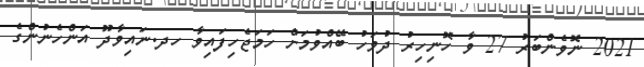
2021 ނޮވެންބަރު 27 ވާ ހޮނިހިރު ދުވަހު ބޭއްވުމަށް ހަމަޖެހިފައިވާ ހދ.ނައިވާދޫ އަންހެނުންގެ